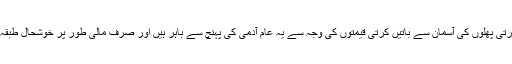
لیکن خریداروں کا کہنا ہے کہ بھارتی پھلوں کی آسمان سے باتیں کرتی قیمتوں کی وجہ سے یہ عام آدمی کی پہنچ سے باہر ہیں اور صرف مالی طور پر خوشحال طبقہ ہی ان سے لطف اندوز ہو رہا ہے۔